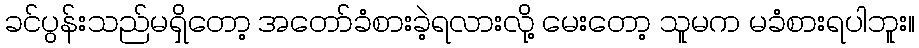
ခင်ပွန်းသည်မရှိတော့ အတော်ခံစားခဲ့ရလားလို့ မေးတော့ သူမက မခံစားရပါဘူး။